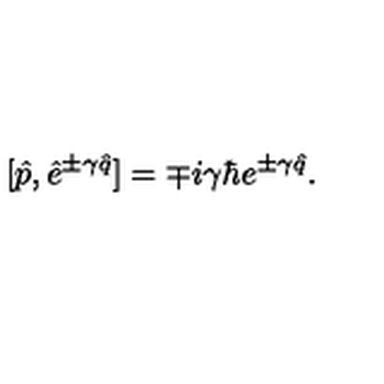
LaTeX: [ \hat { p } , \hat { e } ^ { \pm \gamma \hat { q } } ] = \mp i \gamma \hbar e ^ { \pm \gamma \hat { q } } .